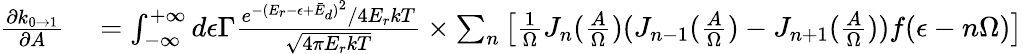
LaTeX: \begin{array}{rl}{\frac{\partial k_{0\rightarrow 1}}{\partial A}}&{{}=\int_{-\infty}^{+\infty}d\epsilon\Gamma\frac{e^{-(E_{r}-\epsilon+\bar{E}_{d})^{2}}/4E_{r}kT}{\sqrt{4\pi E_{r}kT}}\times\sum_{n}\left[\frac{1}{\Omega}J_{n}(\frac{A}{\Omega})(J_{n-1}(\frac{A}{\Omega})-J_{n+1}(\frac{A}{\Omega}))f(\epsilon-n\Omega)\right]}\end{array}